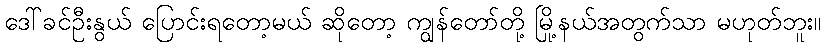
ဒေါ်ခင်ဦးနွယ် ပြောင်းရတော့မယ် ဆိုတော့ ကျွန်တော်တို့ မြို့နယ်အတွက်သာ မဟုတ်ဘူး။